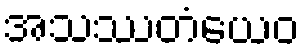
အသဿတံယေဝ